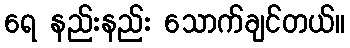
ရေ နည်းနည်း သောက်ချင်တယ်။